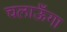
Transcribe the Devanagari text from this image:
चलाऊँगा